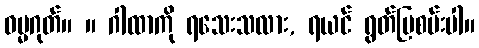
ဓမ္မဂုတ်။ ။ ဂါထာကို ရသေးသလား, ရယင် ရွတ်ပြစမ်းပါ။